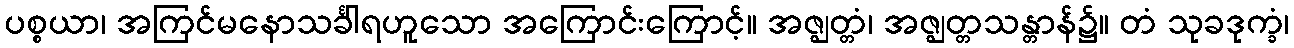
ပစ္စယာ၊ အကြင်မနောသင်္ခါရဟူသော အကြောင်းကြောင့်။ အဇ္ဈတ္တံ၊ အဇ္ဈတ္တသန္တာန်၌။ တံ သုခဒုက္ခံ၊